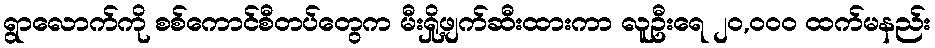
ရွာလောက်ကို စစ်ကောင်စီတပ်တွေက မီးရှို့ဖျက်ဆီးထားကာ လူဦးရေ ၂၀,၀၀၀ ထက်မနည်း